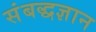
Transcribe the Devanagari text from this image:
संबद्धज्ञान